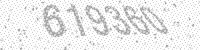
Solution: 619360